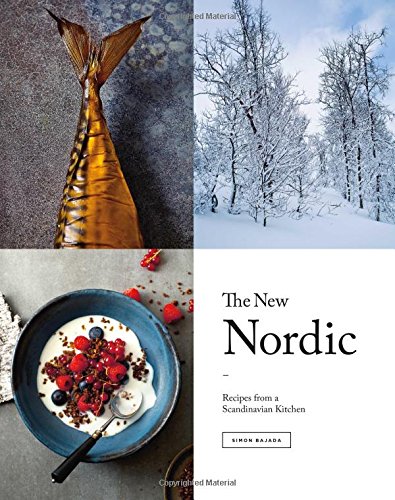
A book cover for The New Nordic: Recipes from a Scandinavian Kitchen; Simon Bajada; Cookbooks, Food & Wine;